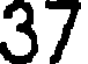
37